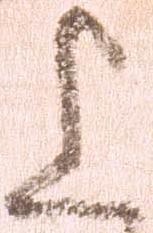
上